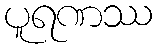
ပူရဏဿ